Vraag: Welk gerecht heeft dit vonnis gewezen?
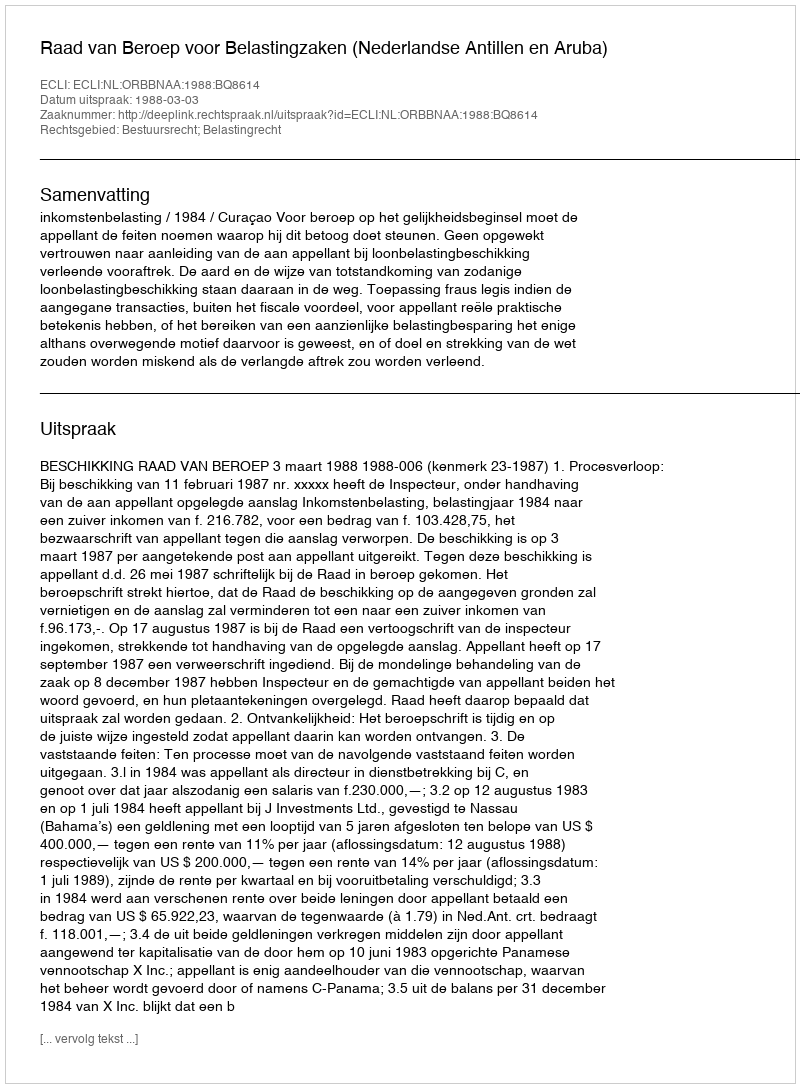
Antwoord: Raad van Beroep voor Belastingzaken (Nederlandse Antillen en Aruba)